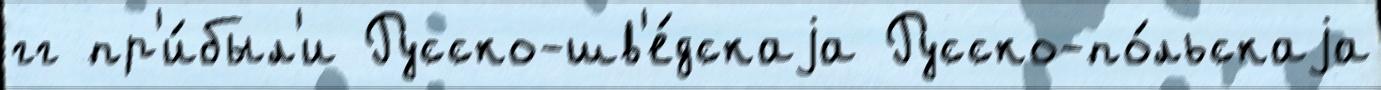
гг пр'и́был'и Русско-шв'е́дскаjа Русско-по́льскаjа